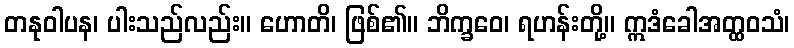
တနုဝါပန၊ ပါးသည်လည်း။ ဟောတိ၊ ဖြစ်၏။ ဘိက္ခဝေ၊ ရဟန်းတို့။ ဣဒံခေါအတ္ထဝသံ၊